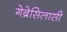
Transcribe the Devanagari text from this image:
गेब्रेसिलासी